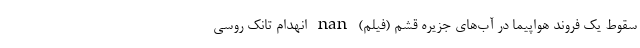
سقوط یک فروند هواپیما در آب‌های جزیره قشم (فیلم) nan انهدام تانک روسی